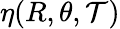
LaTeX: \eta(R,\theta,\mathcal{T})